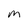
Character: M